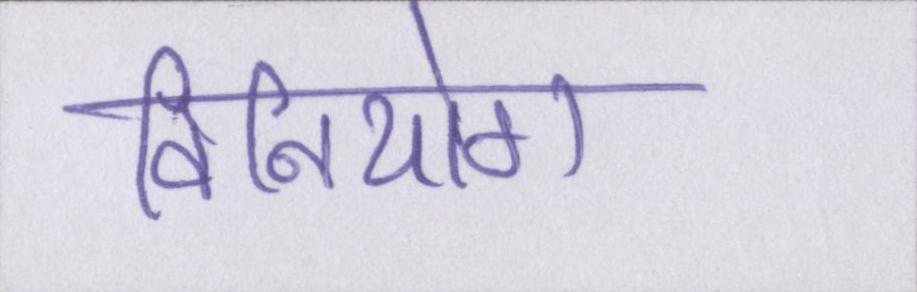
विनियोग